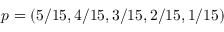
\boldsymbol { p } = ( 5 / 1 5 , 4 / 1 5 , 3 / 1 5 , 2 / 1 5 , 1 / 1 5 )